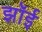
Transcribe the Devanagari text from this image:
झॉई